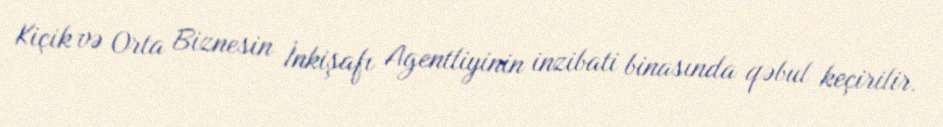
Kiçik və Orta Biznesin İnkişafı Agentliyinin inzibati binasında qəbul keçirilir.